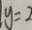
y = 2